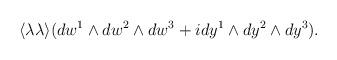
LaTeX: \begin{align*}\langle \lambda \lambda \rangle (dw^1 \wedge dw^2 \wedge dw^3+ i dy^1 \wedge dy^2 \wedge dy^3).\end{align*}